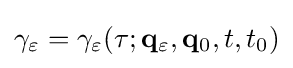
\gamma _{\varepsilon }=\gamma _{\varepsilon }(\tau ;\mathbf {q} _{\varepsilon },\mathbf {q} _{0},t,t_{0})